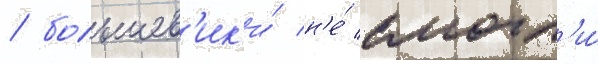
/ большев'ик'и́ н'е́ смогл'и́